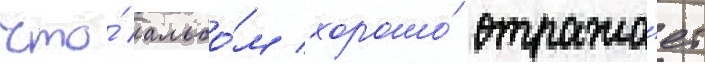
что́ альбо́м хорошо́ отража́ет